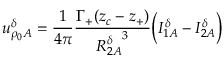
u _ { \rho _ { 0 } A } ^ { \delta } = \frac { 1 } { 4 \pi } \frac { \Gamma _ { + } ( z _ { c } - z _ { + } ) } { { R _ { 2 A } ^ { \delta } } ^ { 3 } } \bigg ( I _ { 1 A } ^ { \delta } - I _ { 2 A } ^ { \delta } \bigg )